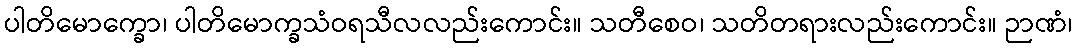
ပါတိမောက္ခော၊ ပါတိမောက္ခသံဝရသီလလည်းကောင်း။ သတီစေဝ၊ သတိတရားလည်းကောင်း။ ဉာဏံ၊